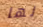
لها